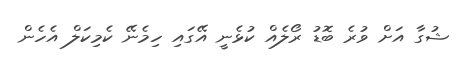
ޝުގާ އަށް ވުރެ ބޮޑު ރޯލެއް ކުޅެނީ އޭގައި ހިމެނޭ ކެމިކަލް އެހެން